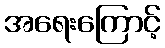
အရေးကြောင့်